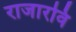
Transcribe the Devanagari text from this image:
राजारवि